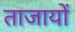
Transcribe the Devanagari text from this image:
ताजायों